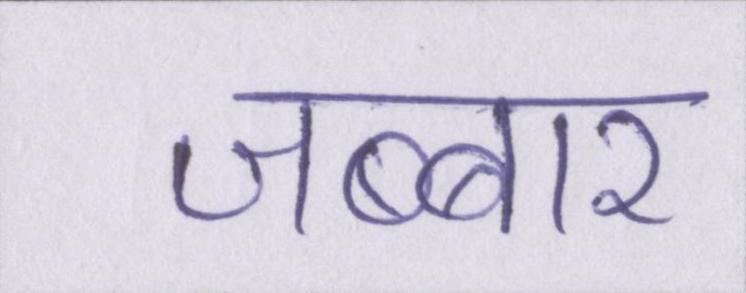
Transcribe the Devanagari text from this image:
जब्बार